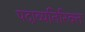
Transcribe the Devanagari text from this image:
पदाव्यतिरिक्त